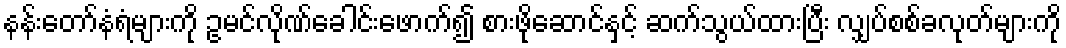
နန်းတော်နံရံများကို ဥမင်လိုဏ်ခေါင်းဖောက်၍ စားဖိုဆောင်နှင့် ဆက်သွယ်ထားပြီး လျှပ်စစ်ခလုတ်များကို